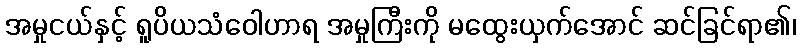
အမှုငယ်နှင့် ရူပိယသံဝေါဟာရ အမှုကြီးကို မထွေးယှက်အောင် ဆင်ခြင်ရာ၏၊